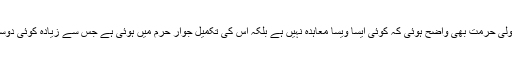
دوسری طرف اس سے اس کی غیرمعمولی حرمت بھی واضح ہوئی کہ کوئی ایسا ویسا معاہدہ نہیں ہے بلکہ اس کی تکمیل جوار حرم میں ہوئی ہے جس سے زیادہ کوئی دوسری جگہ مقدس و محترم نہیں ہو سکتی۔